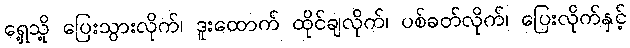
ရှေ့သို့ ပြေးသွားလိုက်၊ ဒူးထောက် ထိုင်ချလိုက်၊ ပစ်ခတ်လိုက်၊ ပြေးလိုက်နှင့်